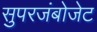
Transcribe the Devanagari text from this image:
सुपरजंबोजेट